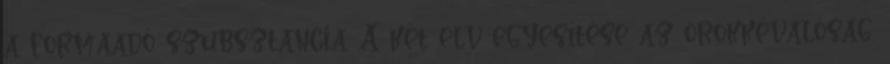
a formaadó szubsztancia. A két elv egyesítése az örökkévalóság.